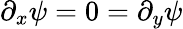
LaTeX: \partial_{x}\psi=0=\partial_{y}\psi